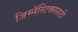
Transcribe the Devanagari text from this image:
जिम्नॅस्टिक्ससाठी